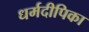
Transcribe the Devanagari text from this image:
धर्मदीपिका